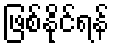
ဖြစ်နိုင်ရန်